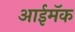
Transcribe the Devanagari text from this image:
आईमॅक